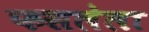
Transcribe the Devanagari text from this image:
फसलेला